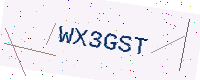
Text: WX3GST